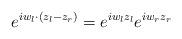
LaTeX: \begin{align*}e^{iw_l\cdot(z_l-z_r)}=e^{iw_lz_l}e^{iw_rz_r}\end{align*}